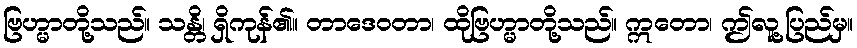
ဗြဟ္မာတို့သည်။ သန္တိ၊ ရှိကုန်၏။ တာဒေဝတာ၊ ထိုဗြဟ္မာတို့သည်။ ဣတော၊ ဤလူ့ပြည်မှ။